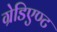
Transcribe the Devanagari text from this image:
ग्रेडिएण्ट